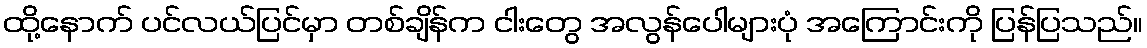
ထို့နောက် ပင်လယ်ပြင်မှာ တစ်ချိန်က ငါးတွေ အလွန်ပေါများပုံ အကြောင်းကို ပြန်ပြသည်။